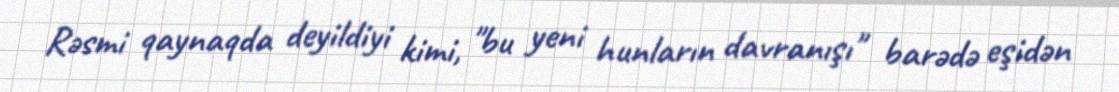
Rəsmi qaynaqda deyildiyi kimi, "bu yeni hunların davranışı" barədə eşidən